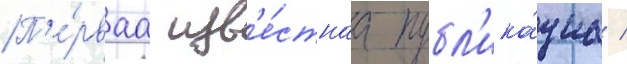
П'е́рваа изв'е́стнаа публ'ика́циа /